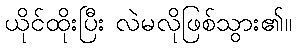
ယိုင်ထိုးပြီး လဲမလိုဖြစ်သွား၏။